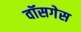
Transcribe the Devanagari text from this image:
वॉसगेस